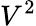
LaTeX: V^{2}